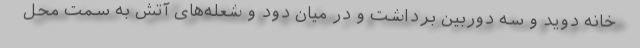
خانه دوید و سه دوربین برداشت و در میان دود و شعله‌های آتش به سمت محل